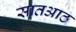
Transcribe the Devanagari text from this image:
सातआठ